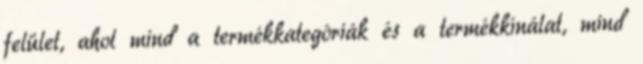
felület, ahol mind a termékkategóriák és a termékkínálat, mind